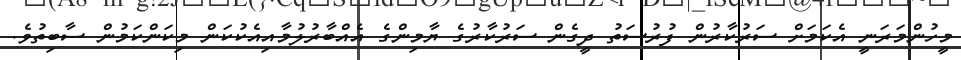
މީހުންމަރަނީ އެކަމަށް ސަރުކާރުން ފުރުސަތު ދީގެން ސަރުކާރުގެ ޔާމިންގެ އެއްބާރުލުމާއިއެކުކަން މިކަންކަމުން ސާބިތުވެ.